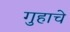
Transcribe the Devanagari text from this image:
गुहाचे